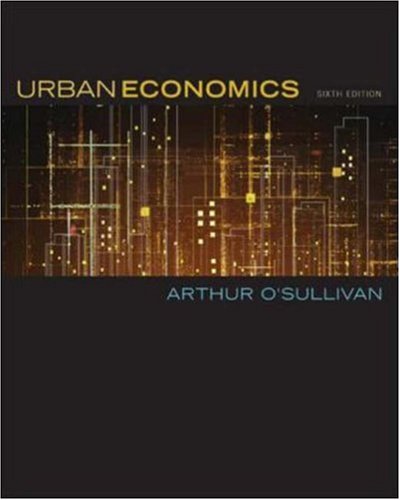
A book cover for Urban Economics; Arthur O'Sullivan; Business & Money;